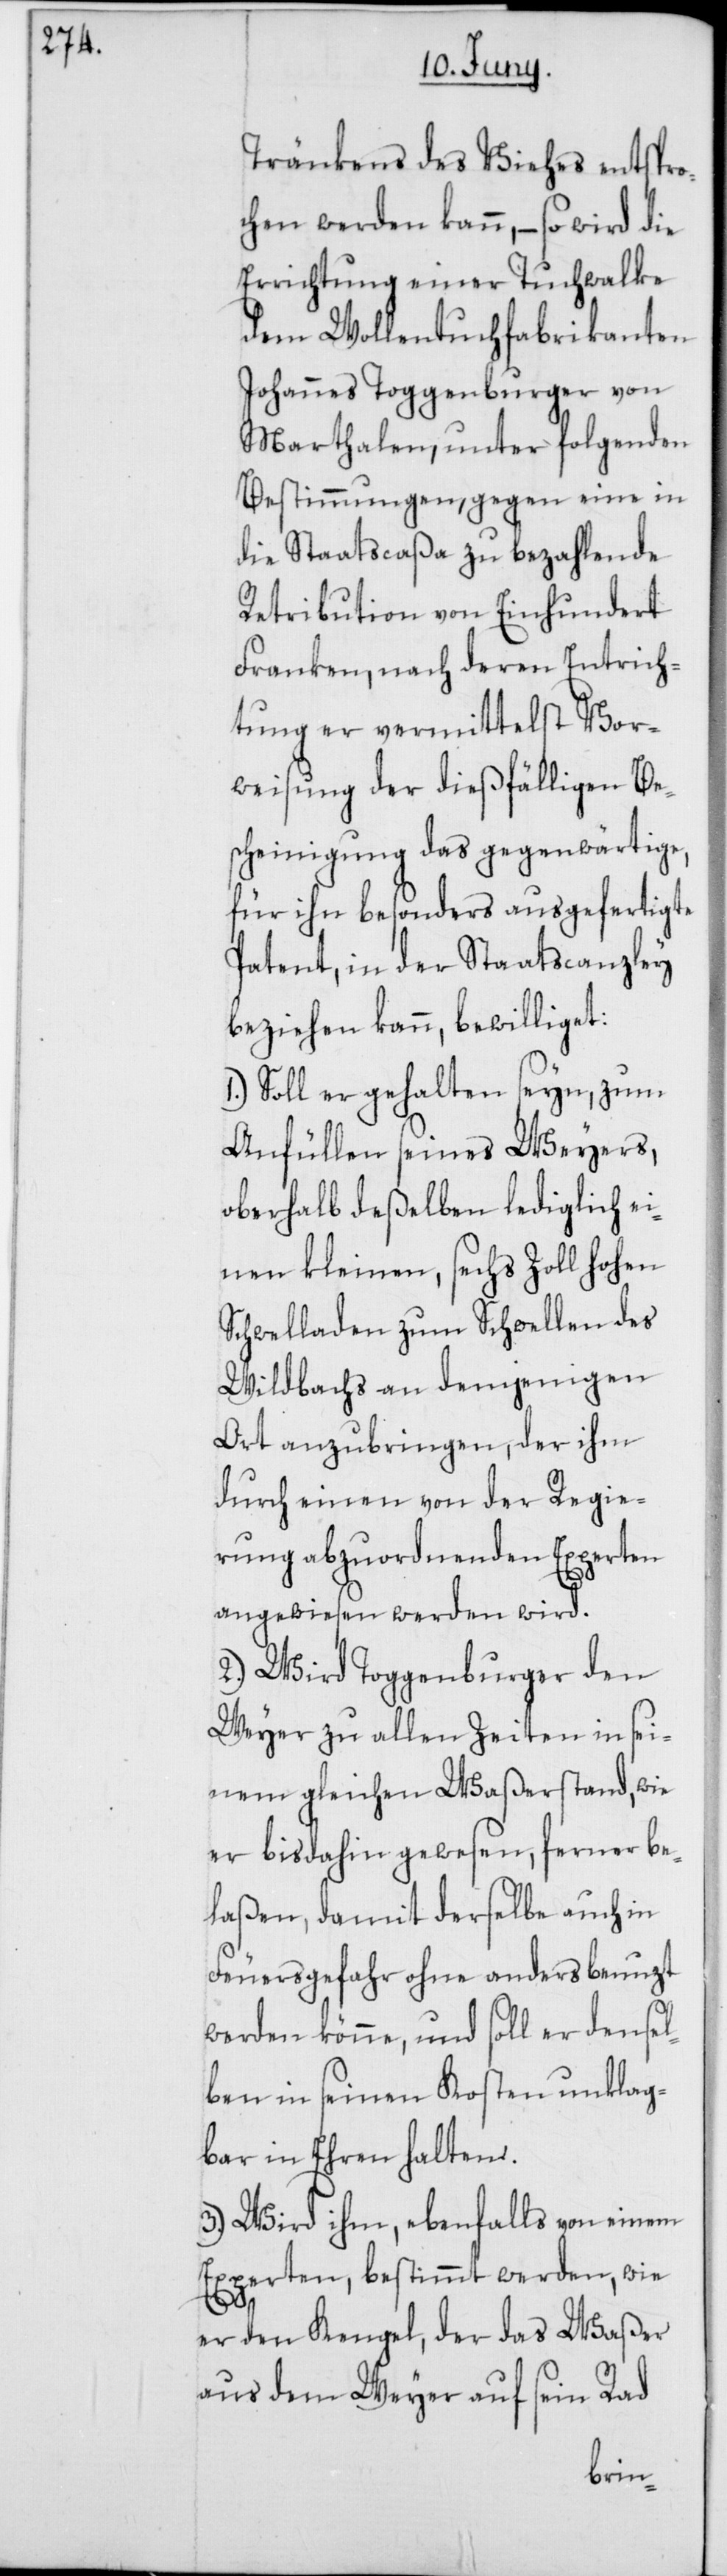
Tränkens des Viehes entspro¬
chen werden kann, – so wird die
Errichtung einer Tuchwalke
dem Wollentuchfabricanten
Johannes Toggenburger von
Marthalen, unter folgenden
Bestimmungen, gegen eine in
die Staatscaßa zu bezahlende
Retribution von Einhundert
Franken, nach deren Entrich¬
tung er vermittelst Vor¬
weisung der dießfälligen Be¬
scheinigung das gegenwärtige,
für ihn besonders ausgefertigte
Patent, in der Staatscanzley
beziehen kann, bewilliget:
Soll er gehalten seyn, zum
Anfüllen seines Weyers,
oberhalb deßelben lediglich ei¬
nen kleinen, sechs Zoll hohen
Schwelladen zum Schwellen des
Wildbachs an demjenigen
Ort anzubringen, der ihm
durch einen von der Regie¬
rung abgeordneten Experten
angewiesen werden wird.
2.) Wird Toggenburger den
Weyer zu allen Zeiten in sei¬
nem gleichen Waßerstand, wie
er bis dahin gewesen, ferner be¬
laßen, damit derselbe auch in
Feuersgefahr ohne anders benuzt
werden könne, und soll er densel¬
ben in seinen Kosten unklag¬
bar in Ehren halten.
3.) Wird ihm, ebenfalls von einem
Experten, bestimmt werden, wie
er den Kengel, der das Waßer
aus dem Weyher auf sein Rad